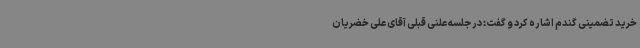
خرید تضمینی گندم اشاره کرد و گفت: در جلسه علنی قبلی آقای علی خضریان